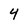
Character: 4